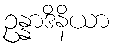
ဥန္နာဒိနိယာ